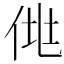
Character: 𰂆